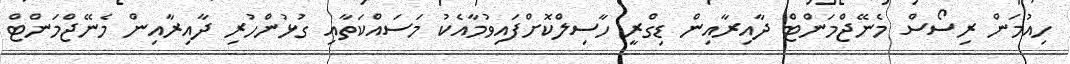
ހިއުމަން ރިސޯސް މެނޭޖްމަންޓް ދާއިރާއިން ޑިގްރީ ހާސިލްކޮށްފައިވުމާއެކު މަސައްކަތާއި ގުޅުންހުރި ދާއިރާއިން މެނޭޖްމަންޓް